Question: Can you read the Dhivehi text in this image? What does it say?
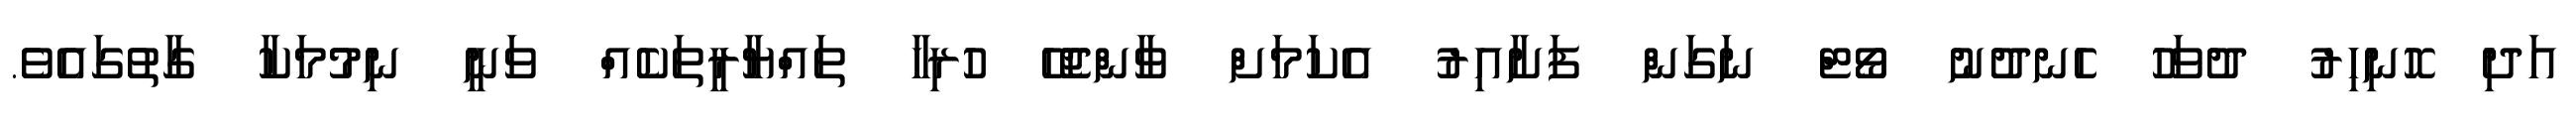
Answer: އަދި ހޮނިހިރު ދުވަހު ހެނދުނު ވޯޓް ނަގަން ފަށާއިރު އެކަމަށް ވާންޖެހޭ ހުރިހާ ތައްޔާރީތަކެއް ވަނީ ނިމުމަކާ ގާތުގައެވެ.